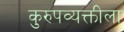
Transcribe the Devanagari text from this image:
कुरुपव्यक्तीला